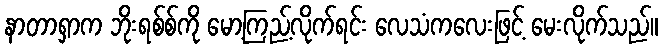
နာတာရှာက ဘိုးရစ်စ်ကို မော့ကြည့်လိုက်ရင်း လေသံကလေးဖြင့် မေးလိုက်သည်။